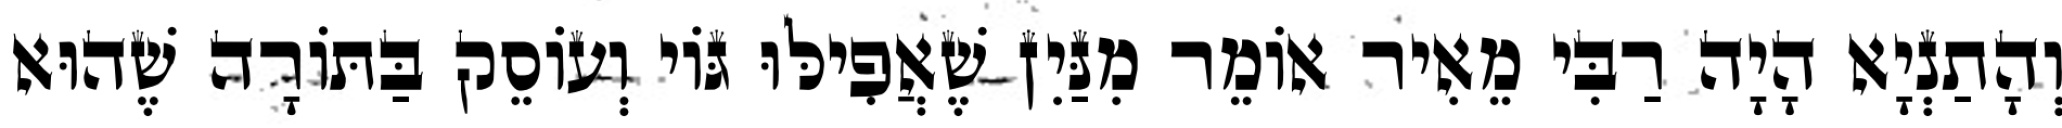
וְהָתַנְיָא הָיָה רַבִּי מֵאִיר אוֹמֵר מִנַּיִן שֶׁאֲפִילּוּ גּוֹי וְעוֹסֵק בַּתּוֹרָה שֶׁהוּא